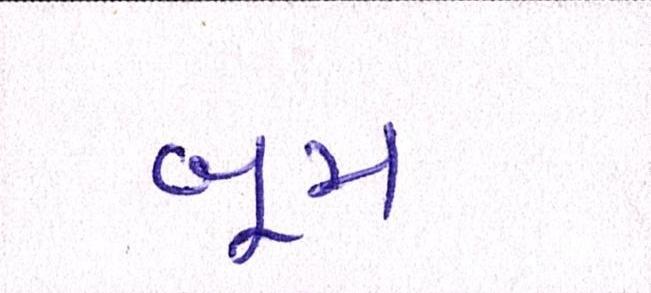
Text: બૂમ